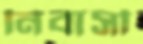
নিবাসী